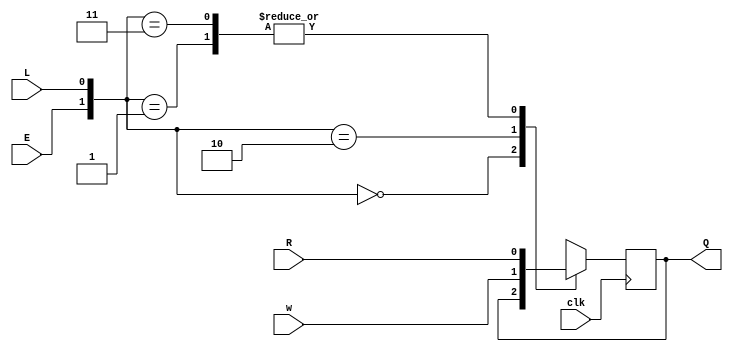
module top_module (
    input clk,
    input w, R, E, L,
    output Q
);
    wire [1:0] muxs;
    assign muxs = {E,L};
	always @(posedge clk) begin
        case (muxs)
            2'b00 : Q <= Q;
            2'b01 : Q <= R;
			2'b10 : Q <= w;
            2'b11 : Q <= R;        
        endcase    
    end

endmodule